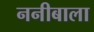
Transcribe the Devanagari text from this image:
ननीबाला